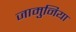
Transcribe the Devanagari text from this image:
जामुनिया